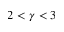
2 < \gamma < 3